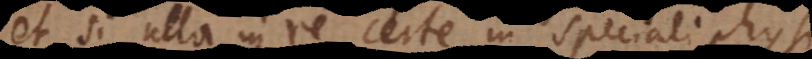
et si ulla in re certe in speciali physi